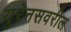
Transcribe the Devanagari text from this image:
युरेनसवरील